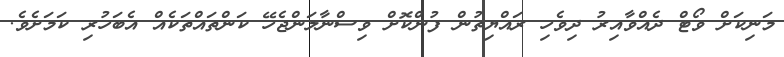
މަނިކަށް ވޯޓް ދެއްވާއިރު ދިވެހި ރައްޔިތުން ފުންކޮށް ވިސްނާލަންޖެހޭ ކަންތައްތަކެއް އެބަހުރި ކަމަށެވެ.